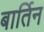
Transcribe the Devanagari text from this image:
बार्तिन